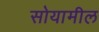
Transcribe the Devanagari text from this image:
सोयामील